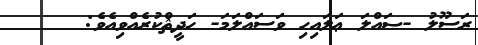
ރަސޫލު -ޞައްލަ ޢަލައިހި ވަސައްލަމަ- ޙަދީޘްކުރެއްވިއެވެ: